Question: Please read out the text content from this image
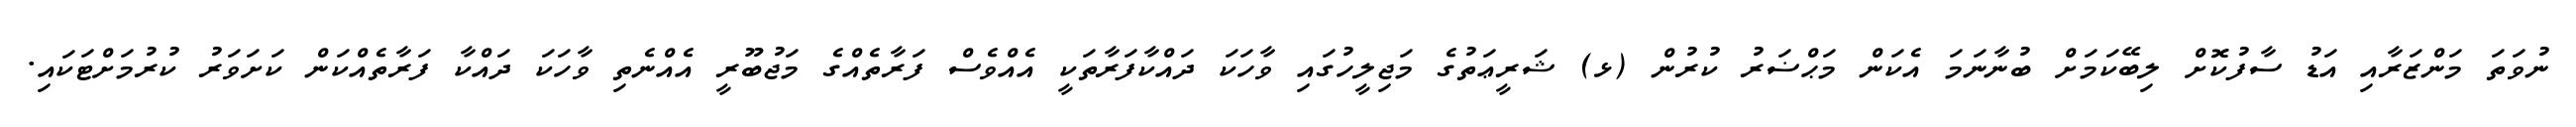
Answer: ނުވަތަ މަންޒަރާއި އަޑު ސާފުކޮށް ލިބޭކަމަށް ބުނާނަމަ އެކަން މަޙްޟަރު ކުރުން (ޅ) ޝަރީޢަތުގެ މަޖިލީހުގައި ވާހަކަ ދައްކާފަރާތަކީ އެއްވެސް ފަރާތެއްގެ މަޖުބޫރީ އެއްނެތި ވާހަކަ ދައްކާ ފަރާތެއްކަން ކަށަވަރު ކުރުމަށްޓަކައި.